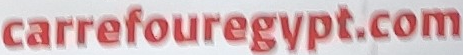
carrefouregypt.com